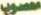
صوب